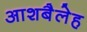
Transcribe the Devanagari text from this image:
आशबैलेह